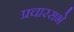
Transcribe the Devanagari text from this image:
प्रचारसभे